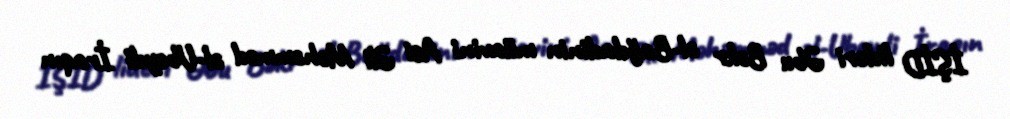
İŞİD lideri Əbu Bəkr əl-Bağdadinin müavini Asi Əli Məhəmməd əl-Ubeydi İraqın